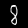
Label: 8